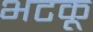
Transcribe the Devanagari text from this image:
भटकू